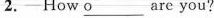
2.-How \underline{o} are you?